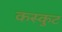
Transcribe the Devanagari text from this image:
कस्कुट